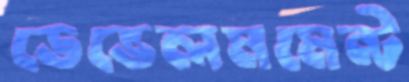
ডেভেলমমেন্ট